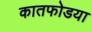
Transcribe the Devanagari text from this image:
कातफोडया